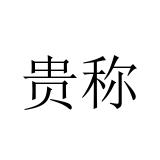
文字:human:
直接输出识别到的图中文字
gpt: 贵称